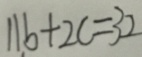
1 1 b + 2 c = 3 2